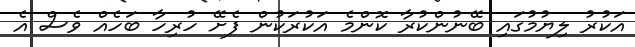
އަކުރު ލިޔުމުގައި ބޭނުންކުރާ ކޮންމެ އަކުރަކުން ފެށޭ ހުރިހާ ބަހެއް ވެސް އެ